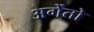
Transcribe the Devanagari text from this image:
अर्गेंतो